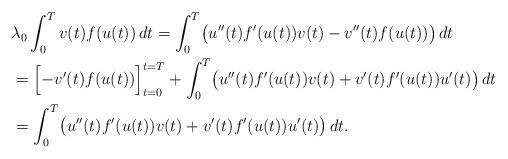
LaTeX: \begin{align*}&\lambda_{0}\int_{0}^{T} v(t)f(u(t))~\!dt = \int_{0}^{T} \bigl{(}u''(t)f'(u(t))v(t) - v''(t)f(u(t)) \bigr{)}~\!dt\\ &= \Bigl{[}-v'(t)f(u(t)) \Bigr{]}_{t=0}^{t=T} + \int_{0}^{T} \bigl{(}u''(t)f'(u(t))v(t) + v'(t)f'(u(t))u'(t) \bigr{)}~\!dt\\ &= \int_{0}^{T} \bigl{(}u''(t)f'(u(t))v(t) + v'(t)f'(u(t))u'(t) \bigr{)}~\!dt.\end{align*}